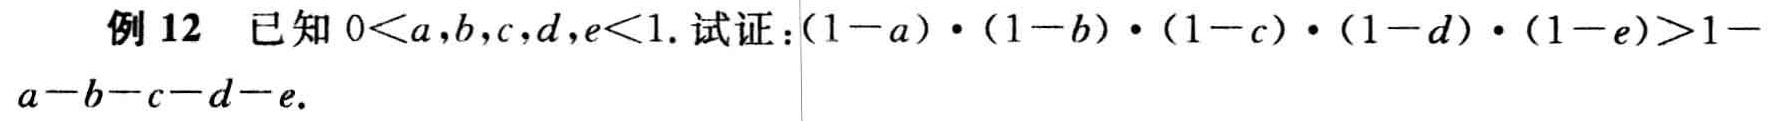
例 12 已知 \(0 < a,b,c,d,e < 1\). 试证：\((1 - a)\cdot(1 - b)\cdot(1 - c)\cdot(1 - d)\cdot(1 - e)>1 - a - b - c - d - e\)